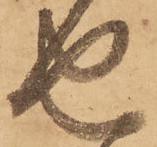
せ